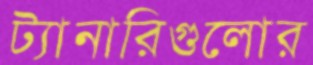
ট্যানারিগুলোর